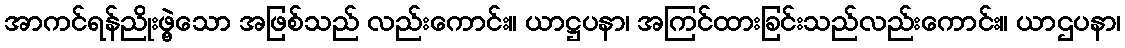
အာကင်ရန်ညိုးဖွဲ့သော အဖြစ်သည် လည်းကောင်း။ ယာဋ္ဌပနာ၊ အကြင်ထားခြင်းသည်လည်းကောင်း။ ယာဌပနာ၊